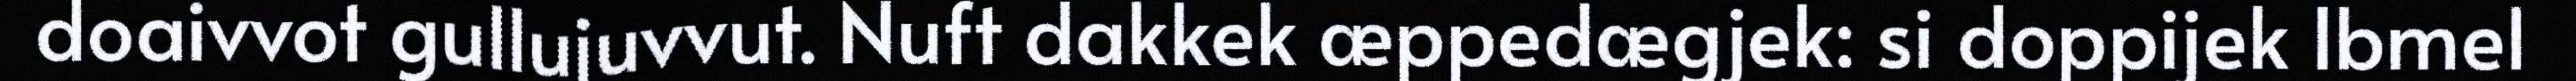
doaivvot gullujuvvut. Nuft dakkek æppedægjek: si doppijek Ibmel